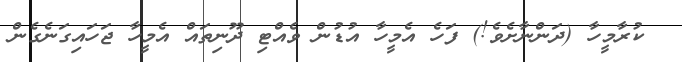
ކުރާމީހާ (ދަންނާށެވެ!) ފަހެ އެމީހާ އުޑުން ވެއްޓި ދޫނިތައް އެމީހާ ޖަހައިގަނެގެން